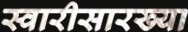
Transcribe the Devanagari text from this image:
स्वारीसारख्या